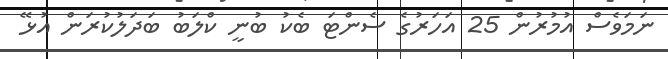
ނަމަވެސް އުމުރުން 25 އަހަރުގެ ސެންޓަ ބެކު ބުނީ ކްލަބު ބަދަލުކުރަން އުޅޭ